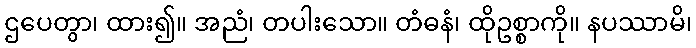
ဌပေတွာ၊ ထား၍။ အညံ၊ တပါးသော။ တံဓနံ၊ ထိုဥစ္စာကို။ နပဿာမိ၊